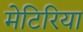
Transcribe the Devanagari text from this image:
मेटिरिया